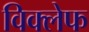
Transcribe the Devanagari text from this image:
विक्लेफ